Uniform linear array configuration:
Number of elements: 64
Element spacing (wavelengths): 0.25
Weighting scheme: hann
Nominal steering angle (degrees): -60
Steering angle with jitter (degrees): -58.653
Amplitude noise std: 0.05
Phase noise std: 0.05

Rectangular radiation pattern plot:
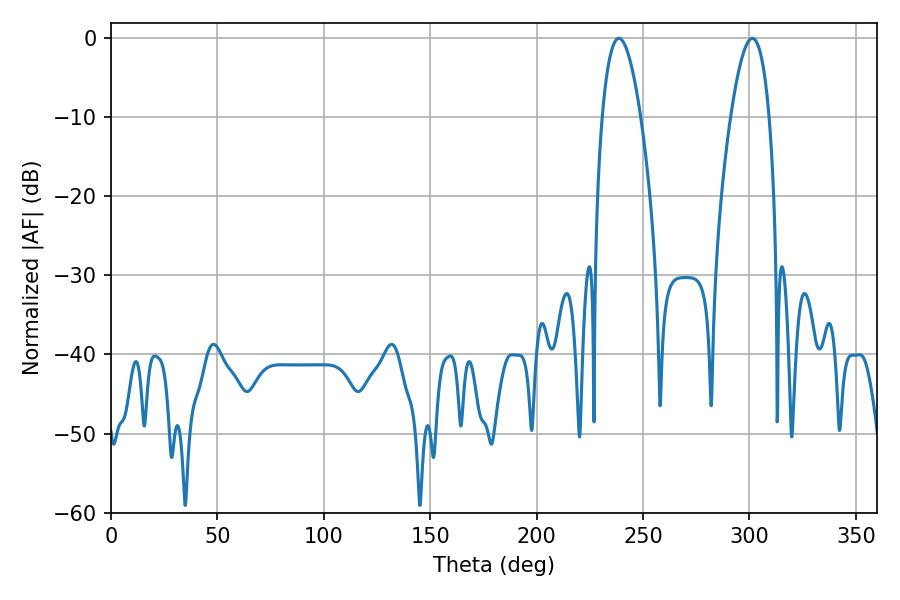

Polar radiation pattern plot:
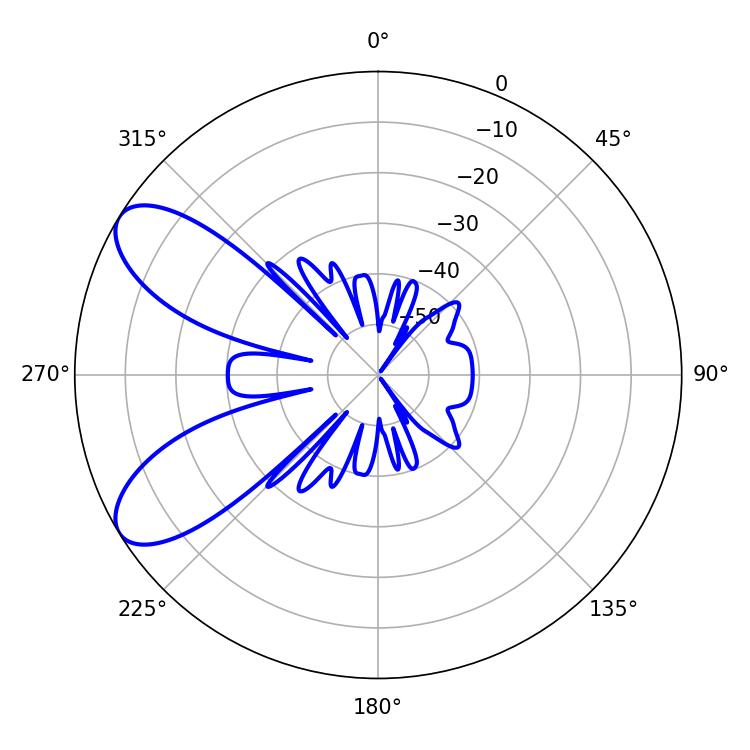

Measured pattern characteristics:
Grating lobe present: FALSE
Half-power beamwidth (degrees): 9.9
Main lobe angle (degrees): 301.32